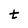
Character: t